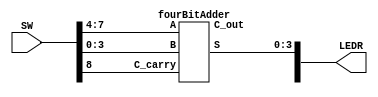
module lab3_part2(SW, LEDR);
 input [9:0] SW;
 output [9:0] LEDR;

 fourBitAdder add(.A(SW[7:4]), .B(SW[3:0]), .C_carry(SW[8]), .C_out(LEDR[9]), .S(LEDR[3:0]));

endmodule

module fourBitAdder(A, B, C_carry, C_out, S);
 input [3:0] A;
 input [3:0] B;
 input C_carry;
 output C_out;
 output [3:0] S;
 
 wire w1, w2, w3;
 
 full_adder add_1(.A(A[0]), .B(B[0]), .C_carry(C_carry), .C_out(w1), .S(S[0]));
 full_adder add_2(.A(A[1]), .B(B[1]), .C_carry(w1), .C_out(w2), .S(S[1]));
 full_adder add_3(.A(A[2]), .B(B[2]), .C_carry(w2), .C_out(w3), .S(S[2]));
 full_adder add_4(.A(A[3]), .B(B[3]), .C_carry(w3), .C_out(C_out), .S(S[3]));
endmodule

module full_adder(A, B, C_carry, C_out, S);
 input A, B, C_carry;
 output C_out, S;
 
 assign C_out = (A^B) ? C_carry : B; 
 assign S = A^B^C_carry;
endmodule